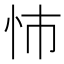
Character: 𢘥